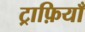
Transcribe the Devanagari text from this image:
ट्राफ़ियाँ